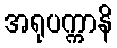
အရုပက္ကာနိ